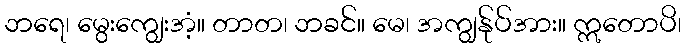
ဘရေ၊ မွေးကျွေးအံ့။ တာတ၊ ဘခင်။ မေ၊ အကျွန်ုပ်အား။ ဣတောပိ၊